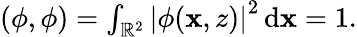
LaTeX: \begin{array}{r}{(\phi,\phi)=\int_{\mathbb{R}^{2}}\left|\phi(\mathbf{x},z)\right|^{2}\, \mathrm{d}\mathbf{x}=1.}\end{array}